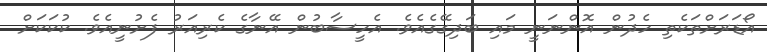
އޯޑަރަށްތަކެތި ހެދުން އޮންނަނީ މައި ބަދިގޭގެއެވެ. އެހީސާބުން އޭނާގެ ކެރިއަރު ފެށުނީއެވެ. ކުކަކަށް